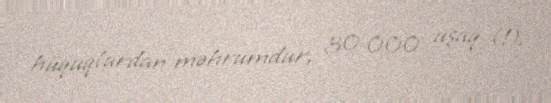
hüquqlardan məhrumdur, 30 000 uşaq (!).